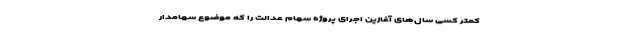
کمتر کسی سال‌های آغازین اجرای پروژه سهام عدالت را که موضوع سهامدار